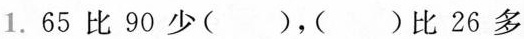
1.65比90少()，()比26多